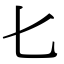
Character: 𠤎